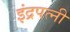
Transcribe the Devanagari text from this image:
इंद्रपत्नी